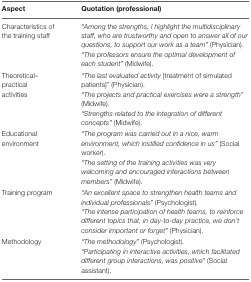
<table><thead><tr><td><b>Aspect</b></td><td><b>Quotation (professional)</b></td></tr></thead><tbody><tr><td>Characteristics of the training staff</td><td><i>“Among the strengths, I highlight the multidisciplinary staff, who are trustworthy and open to answer all of our questions, to support our work as a team”</i> (Physician).<i>“The professors ensure the optimal development of each student”</i> (Midwife).</td></tr><tr><td>Theoretical–practical activities</td><td><i>“The last evaluated activity</i> [treatment of simulated patients]<i>”</i> (Physician).<i>“The projects and practical exercises were a strength”</i> (Midwife).<i>“Strengths related to the integration of different concepts”</i> (Midwife).</td></tr><tr><td>Educational environment</td><td><i>“The program was carried out in a nice, warm environment, which instilled confidence in us”</i> (Social worker).<i>“The setting of the training activities was very welcoming and encouraged interactions between members”</i> (Midwife).</td></tr><tr><td>Training program</td><td><i>“An excellent space to strengthen health teams and individual professionals”</i> (Psychologist).<i>“The intense participation of health teams, to reinforce different topics that, in day-to-day practice, we don’t consider important or forget”</i> (Physician).</td></tr><tr><td>Methodology</td><td><i>“The methodology”</i> (Psychologist).<i>“Participating in interactive activities, which facilitated different group interactions, was positive”</i> (Social assistant).</td></tr></tbody></table>